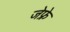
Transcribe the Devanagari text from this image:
जेफ्रे